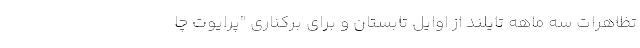
تظاهرات سه ماهه تایلند از اوایل تابستان و برای برکناری "پرایوت چا